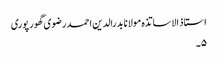
استاذ الاساتذہ مولانا بدرالدین احمد رضوی گھور پوری
۵۔